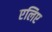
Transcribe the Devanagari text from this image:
एलिए